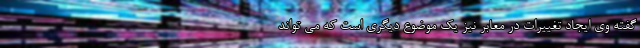
گفته وی ایجاد تغییرات در معابر نیز یک موضوع دیگری است که می تواند